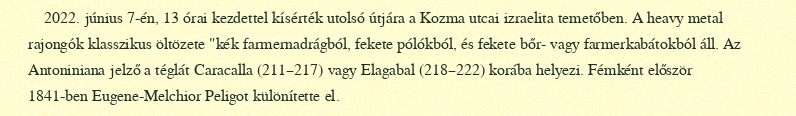
2022. június 7-én, 13 órai kezdettel kísérték utolsó útjára a Kozma utcai izraelita temetőben. A heavy metal rajongók klasszikus öltözete "kék farmernadrágból, fekete pólókból, és fekete bőr- vagy farmerkabátokból áll. Az Antoniniana jelző a téglát Caracalla (211–217) vagy Elagabal (218–222) korába helyezi. Fémként először 1841-ben Eugene-Melchior Peligot különítette el.